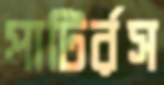
পাটির্রস